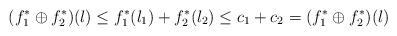
LaTeX: \begin{align*} (f_1^*\oplus f_2^*)(l) \leq f_1^*(l_1)+f_2^*(l_2)\leq c_1+ c_2 =(f_1^*\oplus f_2^*)(l) \end{align*}